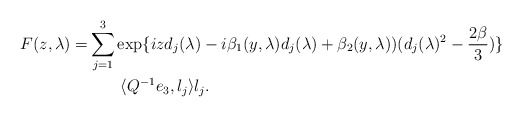
\begin{align*}F(z,\lambda)=&\sum_{j=1}^3 \exp\{ i z d_j (\lambda) - i \beta_1(y, \lambda) d_j(\lambda) + \beta_2(y,\lambda)) (d_j(\lambda)^2 - \frac{2\beta}{3} )\}\\ &\quad\quad\langle Q^{-1}e_3, l_j\rangle l_j.\end{align*}